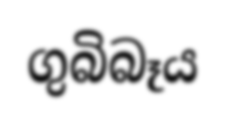
ගුබිබෑය